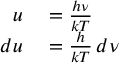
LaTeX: \begin{array} { r l } { u } & { { } = { \frac { h \nu } { k T } } } \\ { d u } & { { } = { \frac { h } { k T } } \, d \nu } \end{array}